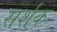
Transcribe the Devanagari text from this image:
सर्शक